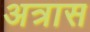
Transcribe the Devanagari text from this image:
अत्रास